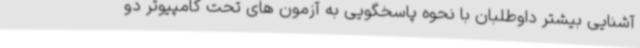
آشنایی بیشتر داوطلبان با نحوه پاسخگویی به آزمون های تحت کامپیوتر دو